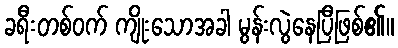
ခရီးတစ်ဝက် ကျိုးသောအခါ မွန်းလွဲနေပြီဖြစ်၏။